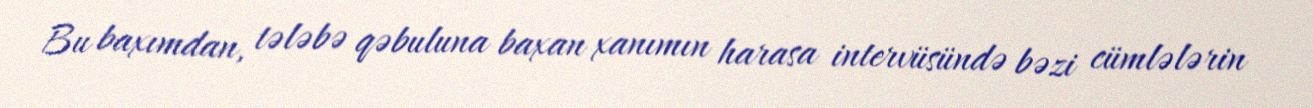
Bu baxımdan, tələbə qəbuluna baxan xanımın harasa intervüsündə bəzi cümlələrin